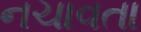
નચાવતા